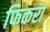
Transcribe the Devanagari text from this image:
फिकरा